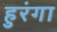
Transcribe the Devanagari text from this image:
हुरंगा